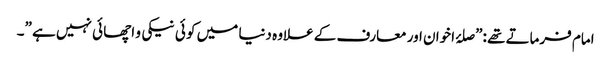
امام فرماتے تھے :”صلۂ اخوان اور معارف کے علاوہ دنیا میں کو ئی نیکی و اچھا ئی نہیں ہے ”۔